Annual administration report of the Civil Veterinary Department of India - 1897-1898
Year: 1897
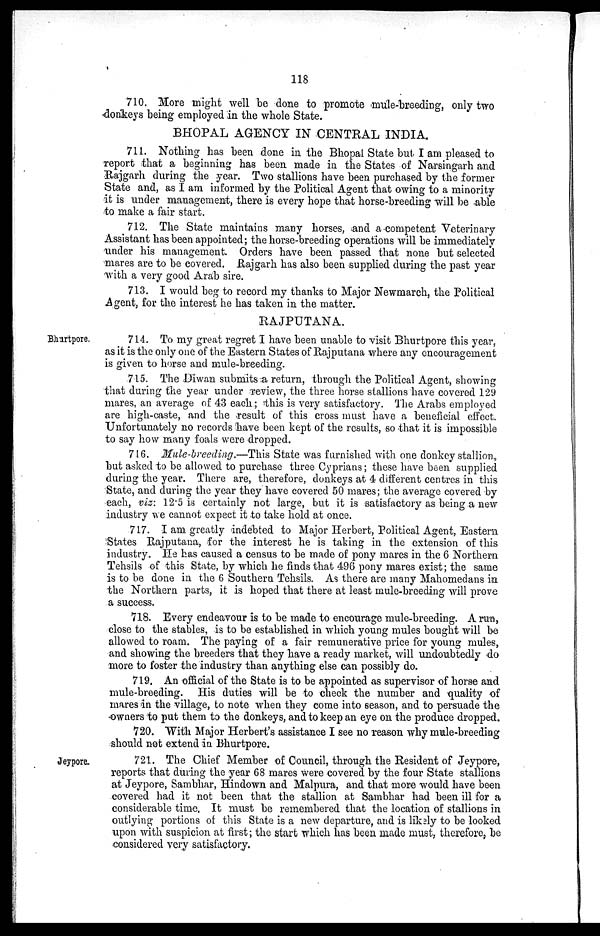
118
710. More might well be done to promote mule-breeding, only two
donkeys being employed in the whole State.
BHOPAL AGENCY IN CENTRAL INDIA.
711. Nothing has been done in the Bhopal State but. I am pleased to
report that a beginning has been made in the States of Narsingarh and
Rajgarh during the year. Two stallions have been purchased by the former
State and, as I am informed by the Political Agent that owing to a minority
it is under management, there is every hope that horse-breeding will be able
to make a fair start.
712. The State maintains many horses, and a competent Veterinary
Assistant has been appointed; the horse-breeding operations will be immediately
under his management. Orders have been passed that none but selected
mares are to be covered. Rajgarh has also been supplied during the past year
with a very good Arab sire.
713. I would beg to record my thanks to Major Newmarch, the Political
Agent, for the interest he has taken in the matter.
RAJPUTANA.
Bhartpore.
714. To my great regret I have been unable to visit Bhurtpore this year,
as it is the only one of the Eastern States of Rajputana where any encouragement
is given to horse and mule-breeding.
715. The Diwan submits :a return, through the Political Agent, showing
that during the year under review, the three horse stallions have covered 129
mares, an average of 43 each; this is very satisfactory. The Arabs employed
are high-caste, and the result of this cross must have a beneficial effect.
Unfortunately no records have been kept of the results, so that it is impossible
to say how many foals were dropped.
716. Mule-breeding.—This State was furnished with one donkey stallion,
but asked to be allowed to purchase three Cyprians; these have been supplied
during the year. There are, therefore, donkeys at 4 different centres in this
State, and during the year they have covered 50 mares; the average covered by
each, viz: 12.5 is certainly not large, but it is satisfactory as being a new
industry we cannot expect it to take hold at once.
717. I am greatly indebted to Major Herbert, Political Agent, Eastern
:States Rajputana, for the interest he is taking in the extension of this
industry. He has caused a census to be made of pony mares in the 6 Northern
Tehsils of this State, by which he finds that 496 pony mares exist; the same
is to be done in the 6 Southern Tehsils. As there are many Mahomedans in
the Northern parts, it is hoped that there at least mule-breeding will prove
a success.
718. Every endeavour is to be made to encourage mule-breeding. A run,
close to the stables, is to be established in which young mules bought will be
allowed to roam. The paying of a fair remunerative price for young mules,
and showing the breeders that they have a ready market, will undoubtedly do
more to foster the industry than anything else can possibly do.
719. An official of the State is to be appointed as supervisor of horse and
mule-breeding. His duties will be to check the number and quality of
mares in the village, to note when they come into season, and to persuade the
owners to put them to the donkeys, and to keep an eye on the produce dropped.
720. With Major Herbert's assistance I see no reason why mule-breeding
should not extend in Bhurtpore.
Jeypore.
721. The Chief Member of Council, through the Resident of Jeypore,
reports that during the year 68 mares were covered by the four State stallions
at Jeypore, Sambhar, Hindown and Malpura, and that more would have been
covered had it not been that the stallion at Sambhar had been ill for a
considerable time. It must be remembered that the location of stallions in
outlying portions of this State is a new departure, and is likely to be looked
upon with suspicion at first; the start which has been made must, therefore, be
considered very satisfactory.